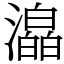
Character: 㵿